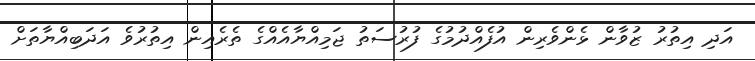
އަދި އިތުރު ޒުވާން ޅެންވެރިން އުފެއްދުމުގެ ފުރުސަތު ޖަމިއްޔާއެއްގެ ތެރެއިން އިތުރުވެ އަދަބިއްޔާތަށް